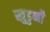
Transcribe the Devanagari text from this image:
खुडुनी